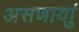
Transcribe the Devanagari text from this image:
असणार्याु